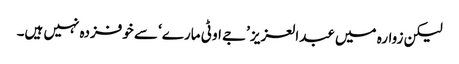
لیکن زوارہ میں عبدالعزیز ’جے او ٹی مارے‘ سے خوفزدہ نہیں ہیں۔